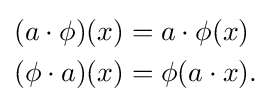
{\begin{aligned}(a\cdot \phi )(x)&=a\cdot \phi (x)\\(\phi \cdot a)(x)&=\phi (a\cdot x).\end{aligned}}